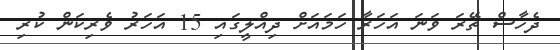
ދެހާސް ތޭރަ ވަނަ އަހަރާ ހަމައަށް ދިއްލީގައި 15 އަހަރު ވެރިކަން ކުރި